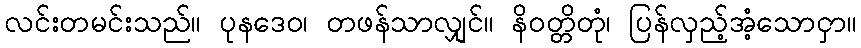
လင်းတမင်းသည်။ ပုနဒေဝ၊ တဖန်သာလျှင်။ နိဝတ္တိတုံ၊ ပြန်လှည့်အံ့သောငှာ။